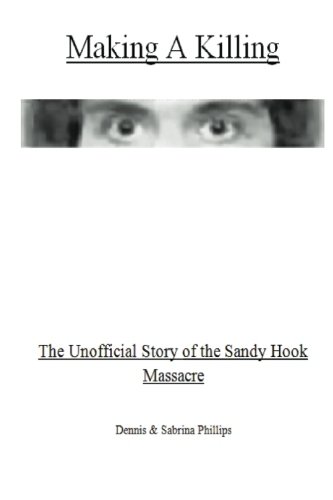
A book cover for Making a Killing: The Unofficial Story of the Sandy Hook Massacre; Dennis Phillips; Biographies & Memoirs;